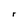
Character: r